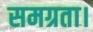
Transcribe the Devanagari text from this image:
समग्रता।